Lunatic asylums Burma 1907-21 - 1907-1921
Year: 1907
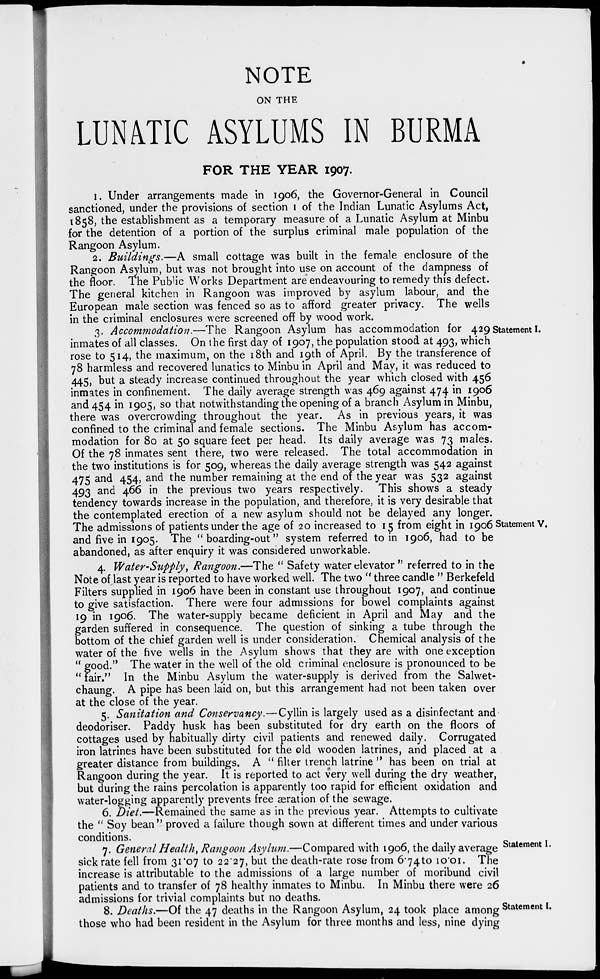
NOTE
ON THE
LUNATIC ASYLUMS IN BURMA
FOR THE YEAR 1907.
1. Under arrangements made in 1906, the Governor-General in Council
sanctioned, under the provisions of section 1 of the Indian Lunatic Asylums Act,
1858, the establishment as a temporary measure of a Lunatic Asylum at Minbu
for the detention of a portion of the surplus criminal male population of the
Rangoon Asylum.
2. Buildings.—A small cottage was built in the female enclosure of the
Rangoon Asylum, but was not brought into use on account of the dampness of
the floor. The Public Works Department are endeavouring to remedy this defect.
The general kitchen in Rangoon was improved by asylum labour, and the
European male section was fenced so as to afford greater privacy. The wells
in the criminal enclosures were screened off by wood work.
Statement I.
3. Accommodation.—The Rangoon Asylum has accommodation for 429
inmates of all classes. On the first day of 1907, the population stood at 493, which
rose to 514, the maximum, on the 18th and 19th of April. By the transference of
78 harmless and recovered lunatics to Minbu in April and May, it was reduced to
445, but a steady increase continued throughout the year which closed with 456
inmates in confinement. The daily average strength was 469 against 474 in 1906
and 454 in 1905, so that notwithstanding the opening of a branch Asylum in Minbu,
there was overcrowding throughout the year. As in previous years, it was
confined to the criminal and female sections. The Minbu Asylum has accom-
modation for 80 at 50 square feet per head. Its daily average was 73 males.
Of the 78 inmates sent there, two were released. The total accommodation in
the two institutions is for 509, whereas the daily average strength was 542 against
475 and 454, and the number remaining at the end of the year was 532 against
493 and 466 in the previous two years respectively. This shows a steady
tendency towards increase in the population, and therefore, it is very desirable that
the contemplated erection of a new asylum should not be delayed any longer.
Statement V.
The admissions of patients under the age of 20 increased to 15 from eight in 1906
and five in 1905. The " boarding-out" system referred to in 1906, had to be
abandoned, as after enquiry it was considered unworkable.
4. Water-Supply, Rangoon.—The " Safety water elevator " referred to in the
Note of last year is reported to have worked well. The two " three candle " Berkefeld
Filters supplied in 1906 have been in constant use throughout 1907, and continue
to give satisfaction. There were four admissions for bowel complaints against
19 in 1906. The water-supply became deficient in April and May and the
garden suffered in consequence. The question of sinking a tube through the
bottom of the chief garden well is under consideration. Chemical analysis of the
water of the five wells in the Asylum shows that they are with one exception
" good." The water in the well of the old criminal enclosure is pronounced to be
"fair." In the Minbu Asylum the water-supply is derived from the Salwet-
chaung. A pipe has been laid on, but this arrangement had not been taken over
at the close of the year.
5. Sanitation and Conservancy.—Cyllin is largely used as a disinfectant and
deodoriser. Paddy husk has been substituted for dry earth on the floors of
cottages used by habitually dirty civil patients and renewed daily. Corrugated
iron latrines have been substituted for the old wooden latrines, and placed at a
greater distance from buildings. A " filter trench latrine " has been on trial at
Rangoon during the year. It is reported to act very well during the dry weather,
but during the rains percolation is apparently too rapid for efficient oxidation and
water-logging apparently prevents free æration of the sewage.
6. Diet.—Remained the same as in the previous year. Attempts to cultivate
the " Soy bean" proved a failure though sown at different times and under various
conditions.
Statement I.
7. General Health, Rangoon Asylum.—Compared with 1906, the daily average
sick rate fell from 31.07 to 22.27, but the death-rate rose from 6.74 to 10.01. The
increase is attributable to the admissions of a large number of moribund civil
patients and to transfer of 78 healthy inmates to Minbu. In Minbu there were 26
admissions for trivial complaints but no deaths.
Statement I.
8. Deaths.—Of the 47 deaths in the Rangoon Asylum, 24 took place among
those who had been resident in the Asylum for three months and less, nine dying